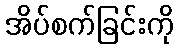
အိပ်စက်ခြင်းကို